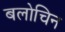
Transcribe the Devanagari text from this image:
बलोचिन